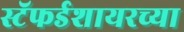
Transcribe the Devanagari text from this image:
स्टॅफर्डशायरच्या